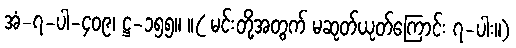
အံ-၇-ပါ-၄၀၉၊ ဋ္ဌ-၁၅၅။ ။( မင်းတို့အတွက် မဆုတ်ယုတ်ကြောင်း ၇-ပါး။)